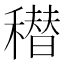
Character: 𰨸